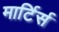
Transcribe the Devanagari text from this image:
मार्टिर्स